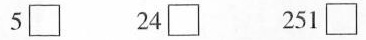
5 2\square 24\square 61\square